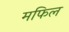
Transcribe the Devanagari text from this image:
मफिल